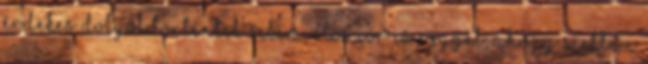
érdekes dolgok történtek velem. Először is reggel, ahogy siettem